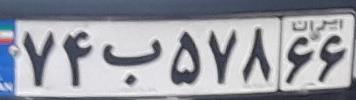
۷۴ب۵۷۸۶۶